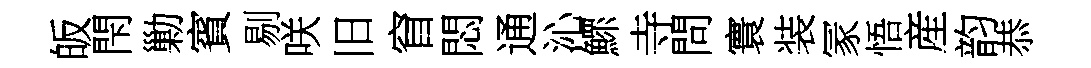
皈閇勦賓剔咲旧窅悶通沁鰥寺問寰装冡悟産韵恭